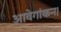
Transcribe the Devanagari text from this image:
आवेगांकन।